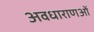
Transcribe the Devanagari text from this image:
अवधाराणओं